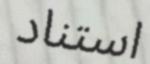
استناد